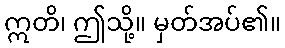
ဣတိ၊ ဤသို့။ မှတ်အပ်၏။